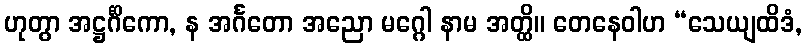
ဟုတွာ အဋ္ဌင်္ဂိကော, န အင်္ဂတော အညော မဂ္ဂေါ နာမ အတ္ထိ။ တေနေဝါဟ “သေယျထိဒံ,